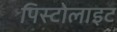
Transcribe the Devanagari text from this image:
पिस्टोलाइट